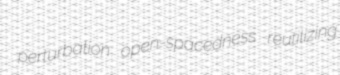
perturbation open-spacedness reutilizing